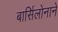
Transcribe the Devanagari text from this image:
बार्सिलोनाने